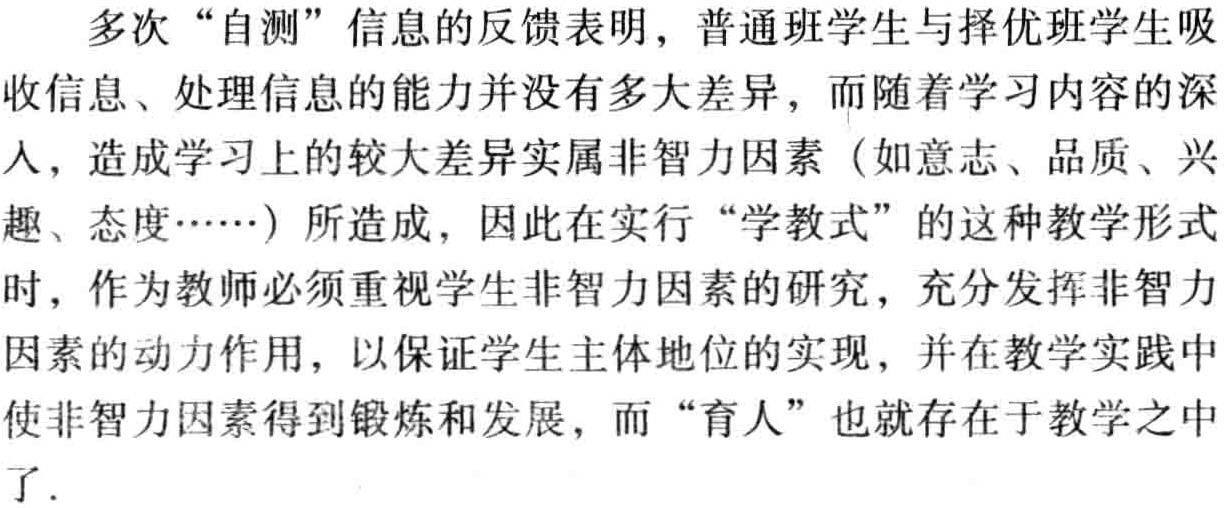
多次“自测”信息的反馈表明，普通班学生与择优班学生吸收信息、处理信息的能力并没有多大差异，而随着学习内容的深人，造成学习上的较大差异实属非智力因素（如意志、品质、兴趣、态度……）所造成，因此在实行“学教式”的这种教学形式时，作为教师必须重视学生非智力因素的研究，充分发挥非智力因素的动力作用，以保证学生主体地位的实现，并在教学实践中使非智力因素得到锻炼和发展，而“育人”也就存在于教学之中了.